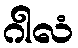
ဂါလံ